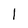
Character: 1